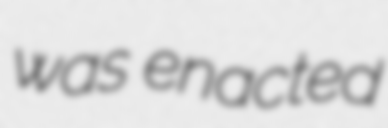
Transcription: was enacted